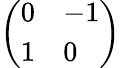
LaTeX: \left(\begin{array}{ll}{0}&{-1}\\ {1}&{0}\end{array}\right)